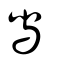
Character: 舄